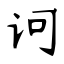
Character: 诃